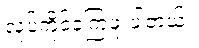
လုပ်ကိုင်ခဲ့ကြဖူးပါတယ်။